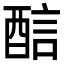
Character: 𨡄